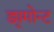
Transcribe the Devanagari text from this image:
ड्यूमोन्ट